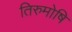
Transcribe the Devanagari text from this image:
तिरुमोषि